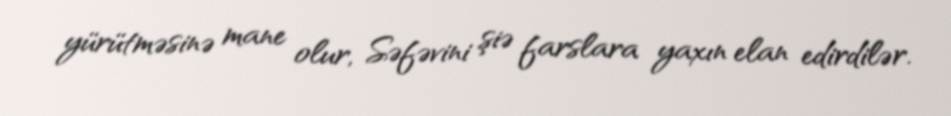
yürütməsinə mane olur, Səfəvini şiə farslara yaxın elan edirdilər.